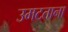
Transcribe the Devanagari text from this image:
उमटताना